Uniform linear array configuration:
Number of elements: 64
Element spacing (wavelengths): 0.5
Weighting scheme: hann
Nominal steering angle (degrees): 0
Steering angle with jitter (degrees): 1.083
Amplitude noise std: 0.05
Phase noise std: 0.05

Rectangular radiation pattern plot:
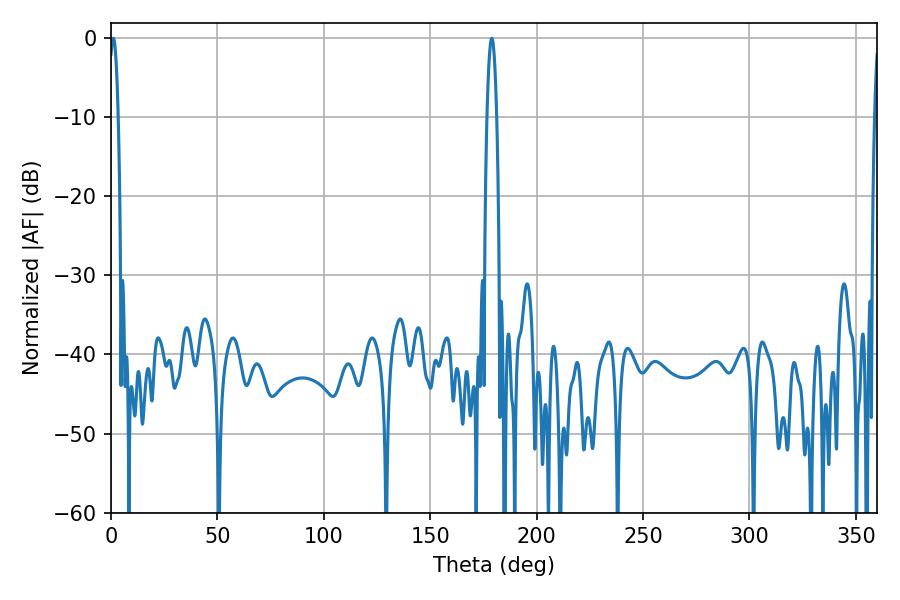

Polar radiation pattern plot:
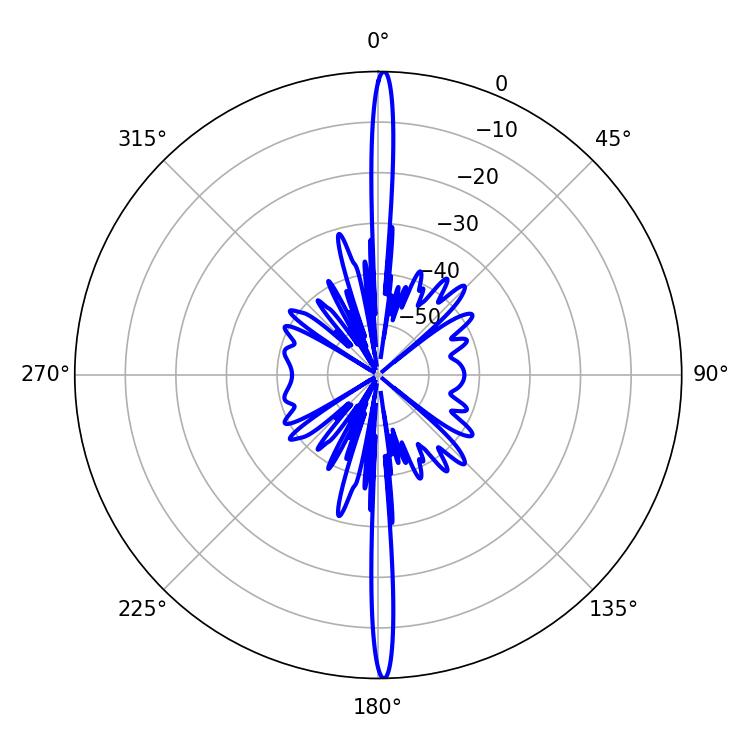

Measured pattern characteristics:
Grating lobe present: FALSE
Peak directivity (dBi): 30.414
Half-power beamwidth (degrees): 2.34
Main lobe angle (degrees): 1.08